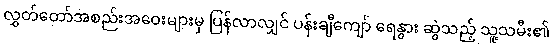
လွှတ်တော်အစည်းအဝေးများမှ ပြန်လာလျှင် ပန်းချီကျော် ရေနွား ဆွဲသည့် သူ့သမီး၏